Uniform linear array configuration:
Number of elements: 24
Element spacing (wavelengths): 1
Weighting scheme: blackman
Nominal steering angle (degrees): -30
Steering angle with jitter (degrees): -30.816
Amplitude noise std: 0.05
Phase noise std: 0.05

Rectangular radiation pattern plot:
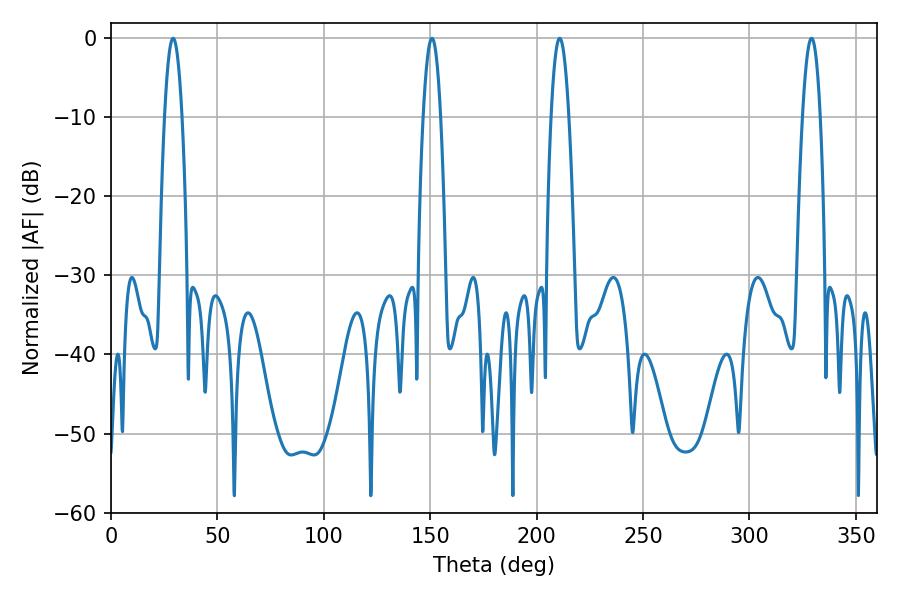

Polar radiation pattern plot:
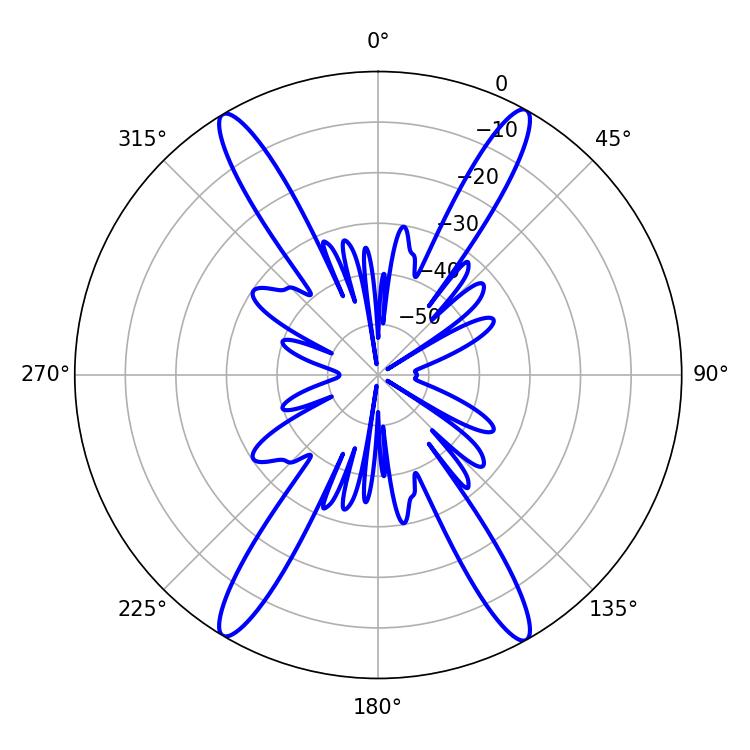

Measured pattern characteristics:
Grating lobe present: TRUE
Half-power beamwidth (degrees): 4.5
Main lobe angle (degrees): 29.16